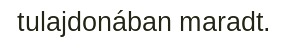
tulajdonában maradt.